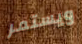
ويستمر